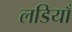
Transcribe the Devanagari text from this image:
लडियाँ